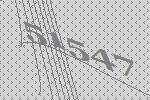
51547